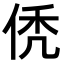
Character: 𬾒